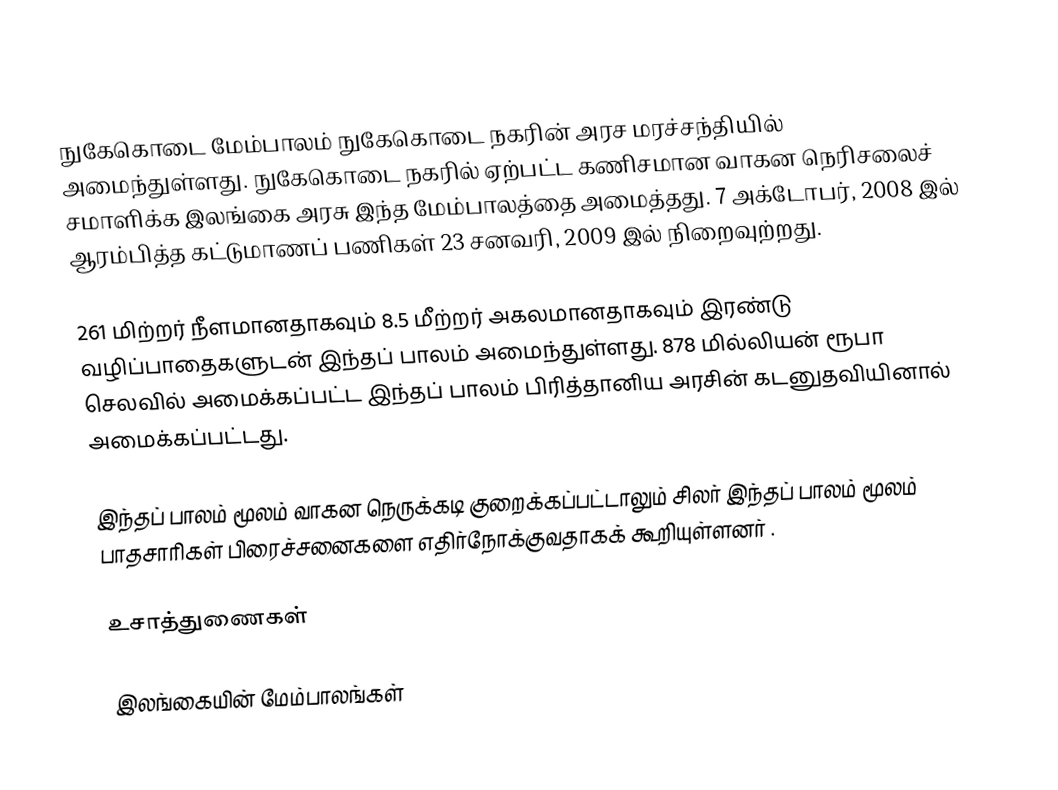
நுகேகொடை மேம்பாலம் நுகேகொடை நகரின் அரச மரச்சந்தியில் அமைந்துள்ளது. நுகேகொடை நகரில் ஏற்பட்ட கணிசமான வாகன நெரிசலைச் சமாளிக்க இலங்கை அரசு இந்த மேம்பாலத்தை அமைத்தது. 7 அக்டோபர், 2008 இல் ஆரம்பித்த கட்டுமாணப் பணிகள் 23 சனவரி, 2009 இல் நிறைவுற்றது.

261 மிற்றர் நீளமானதாகவும் 8.5 மீற்றர் அகலமானதாகவும் இரண்டு வழிப்பாதைகளுடன் இந்தப் பாலம் அமைந்துள்ளது. 878 மில்லியன் ரூபா செலவில் அமைக்கப்பட்ட இந்தப் பாலம் பிரித்தானிய அரசின் கடனுதவியினால் அமைக்கப்பட்டது.

இந்தப் பாலம் மூலம் வாகன நெருக்கடி குறைக்கப்பட்டாலும் சிலர் இந்தப் பாலம் மூலம் பாதசாரிகள் பிரைச்சனைகளை எதிர்நோக்குவதாகக் கூறியுள்ளனர் .

உசாத்துணைகள்

இலங்கையின் மேம்பாலங்கள்